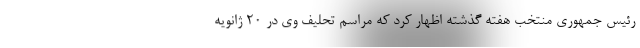
رئیس جمهوری منتخب هفته گذشته اظهار کرد که مراسم تحلیف وی در ۲۰ ژانویه